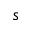
\mathfrak { s }